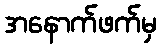
အနောက်ဖက်မှ